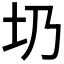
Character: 𡉁